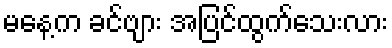
မနေ့က ခင်ဗျား အပြင်ထွက်သေးလား